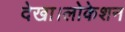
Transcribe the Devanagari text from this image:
देखा।लोकेशन